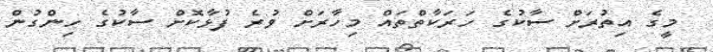
މީގެ އިތުރަށް ސާކުގެ ހަރަކާތްތައް މިހާރަށް ވުރެ ފުޅާކޮށް ސާކުގެ ހިންގުން